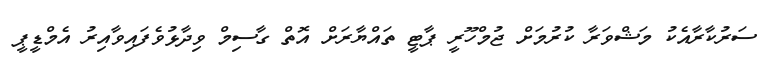
ސަރުކާރާއެކު މަޝްވަރާ ކުރުމަށް ޖުމްހޫރީ ޕާޓީ ތައްޔާރަށް އޮތް ގާސިމް ވިދާޅުވެފައިވާއިރު އެމްޑީޕީ